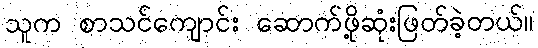
သူက စာသင်ကျောင်း ဆောက်ဖို့ဆုံးဖြတ်ခဲ့တယ်။